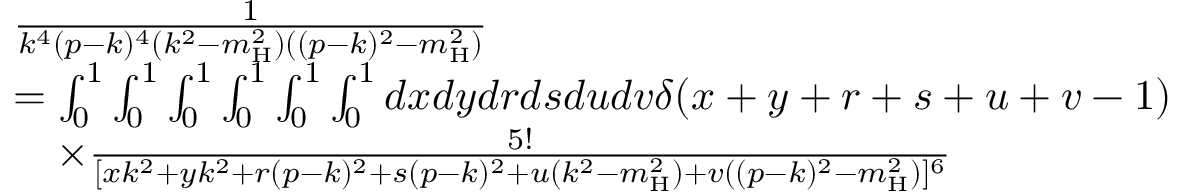
\begin{array} { r l } & { \frac { 1 } { k ^ { 4 } ( p - k ) ^ { 4 } ( k ^ { 2 } - m _ { \mathrm { H } } ^ { 2 } ) ( ( p - k ) ^ { 2 } - m _ { \mathrm { H } } ^ { 2 } ) } } \\ & { = \int _ { 0 } ^ { 1 } \int _ { 0 } ^ { 1 } \int _ { 0 } ^ { 1 } \int _ { 0 } ^ { 1 } \int _ { 0 } ^ { 1 } \int _ { 0 } ^ { 1 } d x d y d r d s d u d v \delta ( x + y + r + s + u + v - 1 ) } \\ & { \quad \times \frac { 5 ! } { [ x k ^ { 2 } + y k ^ { 2 } + r ( p - k ) ^ { 2 } + s ( p - k ) ^ { 2 } + u ( k ^ { 2 } - m _ { \mathrm { H } } ^ { 2 } ) + v ( ( p - k ) ^ { 2 } - m _ { \mathrm { H } } ^ { 2 } ) ] ^ { 6 } } } \end{array}